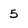
Character: 5